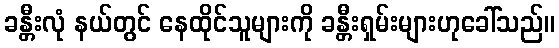
ခန္တီးလုံ နယ်တွင် နေထိုင်သူများကို ခန္တီးရှမ်းများဟုခေါ်သည်။